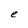
Character: e